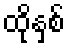
ထိုနှစ်